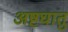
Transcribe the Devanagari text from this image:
अष्टघातु